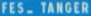
FES_TANGER